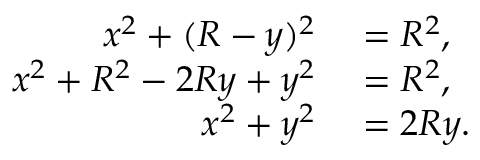
\begin{array} { r l } { x ^ { 2 } + ( R - y ) ^ { 2 } } & { { } = R ^ { 2 } , } \\ { x ^ { 2 } + R ^ { 2 } - 2 R y + y ^ { 2 } } & { { } = R ^ { 2 } , } \\ { x ^ { 2 } + y ^ { 2 } } & { { } = 2 R y . } \end{array}